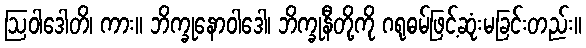
ဩဝါဒေါတိ၊ ကား။ ဘိက္ခုနောဝါဒေါ၊ ဘိက္ခုနီတို့ကို ဂရုဓမ်ဖြင့်ဆုံးမခြင်းတည်း။